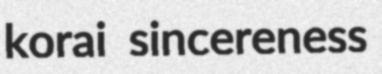
korai sincereness